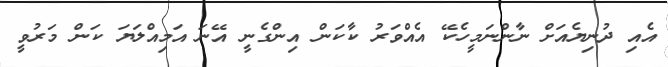
އެއި ދުނިޔެއަށް ނާންނަމީހެކޭ އެއްވަރު ކާކަން އިންގެނީ އޭނަ އަމިއްލަޔަ ކަން މަރުވީ